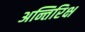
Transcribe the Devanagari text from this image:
अन्तिरिक्ष